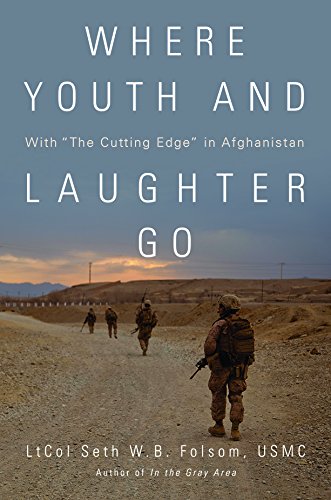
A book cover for Where Youth and Laughter Go: With "The Cutting Edge" in Afghanistan; LtCol Seth W. B. Folsom USMC; History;